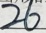
2 6